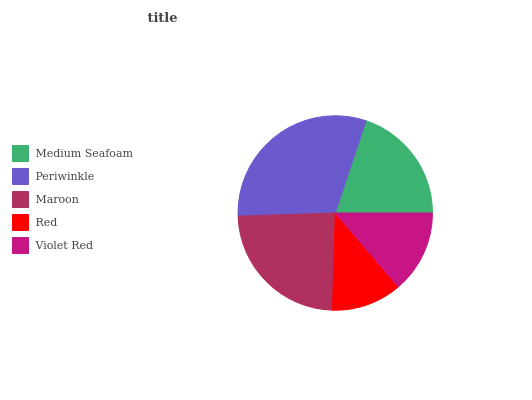
| Medium Seafoam | Periwinkle | Maroon | Red | Violet Red |
 | --- | --- | --- | --- | --- |
 | 19.9% | 30.7% | 24% | 11.7% | 13.7% |